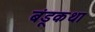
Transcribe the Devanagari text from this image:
बंडूकथा